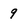
Character: 9